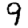
Digit: 9